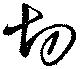
切